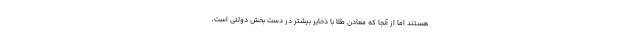
هستند اما از آنجا که معادن طلا با ذخایر بیشتر در دست بخش دولتی است،